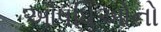
ઔષધિઓનો